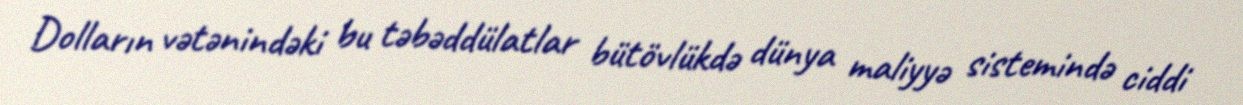
Dolların vətənindəki bu təbəddülatlar bütövlükdə dünya maliyyə sistemində ciddi